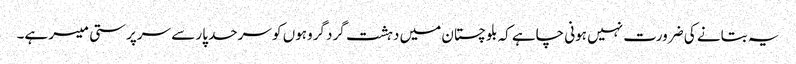
یہ بتانے کی ضرورت نہیں ہونی چاہے کہ بلوچستان میں دہشت گرد گروہوں کو سرحد پار سے سرپرستی میسر ہے۔